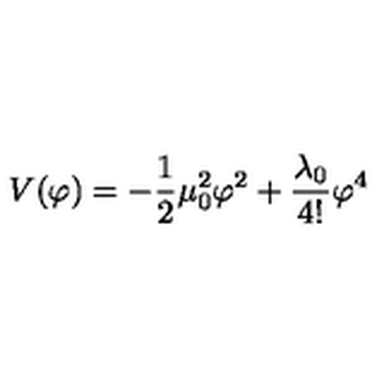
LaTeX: V ( \varphi ) = - \frac { 1 } { 2 } \mu _ { 0 } ^ { 2 } \varphi ^ { 2 } + \frac { \lambda _ { 0 } } { 4 ! } \varphi ^ { 4 }